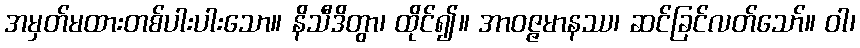
အမှတ်မထားတစ်ပါးပါးသော။ နိသီဒိတွာ၊ ထိုင်၍။ အာဝဇ္ဇမာနဿ၊ ဆင်ခြင်လတ်သော်။ ဝါ၊